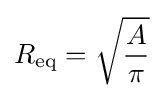
R_{\text{eq}}={\sqrt {\frac {A}{\pi }}}